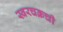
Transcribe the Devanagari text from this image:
स्वरचक्रची